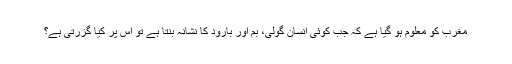
مغرب کو معلوم ہو گیا ہے کہ جب کوئی انسان گولی، بم اور بارود کا نشانہ بنتا ہے تو اس پر کیا گزرتی ہے؟